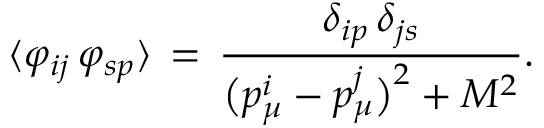
\langle \varphi _ { i j } \, \varphi _ { s p } \rangle \, = \, \frac { \delta _ { i p } \, \delta _ { j s } } { \bigl ( p _ { \mu } ^ { i } - p _ { \mu } ^ { j } \bigr ) ^ { 2 } + M ^ { 2 } } .